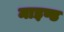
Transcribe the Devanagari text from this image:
माइण्ड